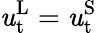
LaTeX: \mathit{u}_{\mathrm{{t}}}^{\mathrm{{L}}}=\mathit{u}_{\mathrm{{t}}}^{\mathrm{{S}}}